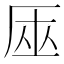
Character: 𠩟